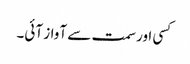
کسی اور سمت سے آواز آئی۔